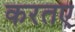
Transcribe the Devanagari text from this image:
करतए